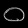
Digit: ၀